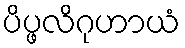
ပိပ္ဖလိဂုဟာယံ